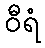
ဝီရံ